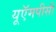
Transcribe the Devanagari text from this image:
यूऍमपीसी